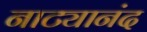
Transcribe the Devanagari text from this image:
नाट्यानंद